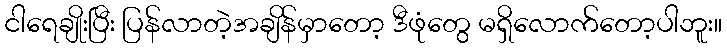
ငါရေချိုးပြီး ပြန်လာတဲ့အချိန်မှာတော့ ဒီဖုံတွေ မရှိလောက်တော့ပါဘူး။